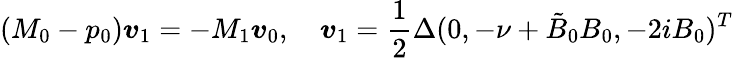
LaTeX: (M_{0}-p_{0})\boldsymbol{v}_{1}=-M_{1}\boldsymbol{v}_{0},\quad\boldsymbol{v}_{1}=\frac{1}{2}\Delta(0,-\nu+\tilde{B}_{0}B_{0},-2iB_{0})^{T}